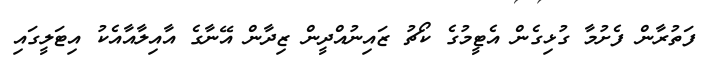
ފަތުރާން ފެށުމާ ގުޅިގެން އެޓީމުގެ ކޯޗު ޒައިނުއްދީން ޒިދާން އޭނާގެ އާއިލާއާއެކު އިޓަލީގައި